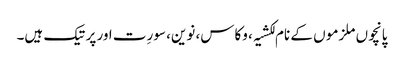
پانچوں ملزمو ں کے نام لکشیہ، وکاس، نوین، سورِت اور پرتیک ہیں۔